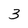
Character: 3